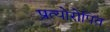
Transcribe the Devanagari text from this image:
प्रत्योरोपित